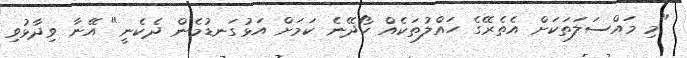
"މި މައްސަލަތަކަށް އެތެރޭގެ ހައްލުތަކެއް ހޯދޭނެ ކަމަށް އަޅުގަނޑުމެން ދެކެނީ" އޭނާ ވިދާޅުވި